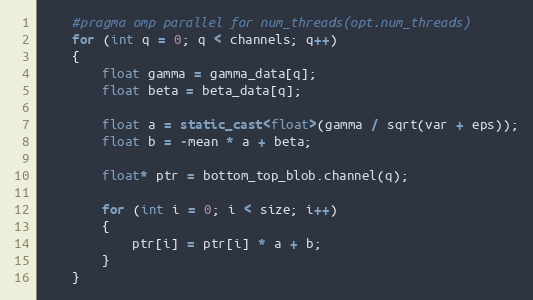
Language: C++
    #pragma omp parallel for num_threads(opt.num_threads)
    for (int q = 0; q < channels; q++)
    {
        float gamma = gamma_data[q];
        float beta = beta_data[q];

        float a = static_cast<float>(gamma / sqrt(var + eps));
        float b = -mean * a + beta;

        float* ptr = bottom_top_blob.channel(q);

        for (int i = 0; i < size; i++)
        {
            ptr[i] = ptr[i] * a + b;
        }
    }